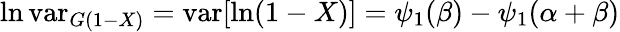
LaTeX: \ln\operatorname{var}_{G(1-X)}=\operatorname{var}[\ln(1-X)]=\psi_{1}(\beta)-\psi_{1}(\alpha+\beta)